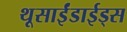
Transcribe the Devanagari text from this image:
थूसाईंडाईड्स